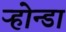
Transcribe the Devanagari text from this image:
ऱ्होन्डा